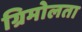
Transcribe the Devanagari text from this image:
ग्रिमोलता